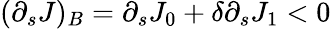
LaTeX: (\partial_{s}J)_{B}=\partial_{s}J_{0}+\delta\partial_{s}J_{1}<0